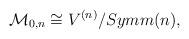
LaTeX: \begin{align*}{\cal M}_{0,n}\cong V^{(n)}/{Symm}(n),\end{align*}